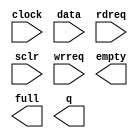
module FIFO_DETECTION_TIME (
	clock,
	data,
	rdreq,
	sclr,
	wrreq,
	empty,
	full,
	q);

	input	  clock;
	input	[13:0]  data;
	input	  rdreq;
	input	  sclr;
	input	  wrreq;
	output	  empty;
	output	  full;
	output	[13:0]  q;

endmodule